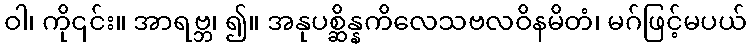
ဝါ၊ ကို၎င်း။ အာရဗ္ဘ၊ ၍။ အနုပစ္ဆိန္နကိလေသဗလဝိနမိတံ၊ မဂ်ဖြင့်မပယ်